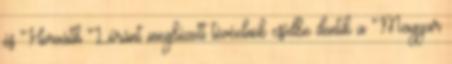
és Horváth Lóránt megbízott tévéelnök csődbe dön­tik a Magyar